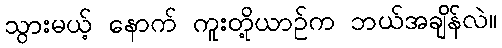
သွားမယ့် နောက် ကူးတို့ယာဉ်က ဘယ်အချိန်လဲ။